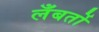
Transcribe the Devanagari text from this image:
लँबर्तो